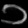
Digit: ၁